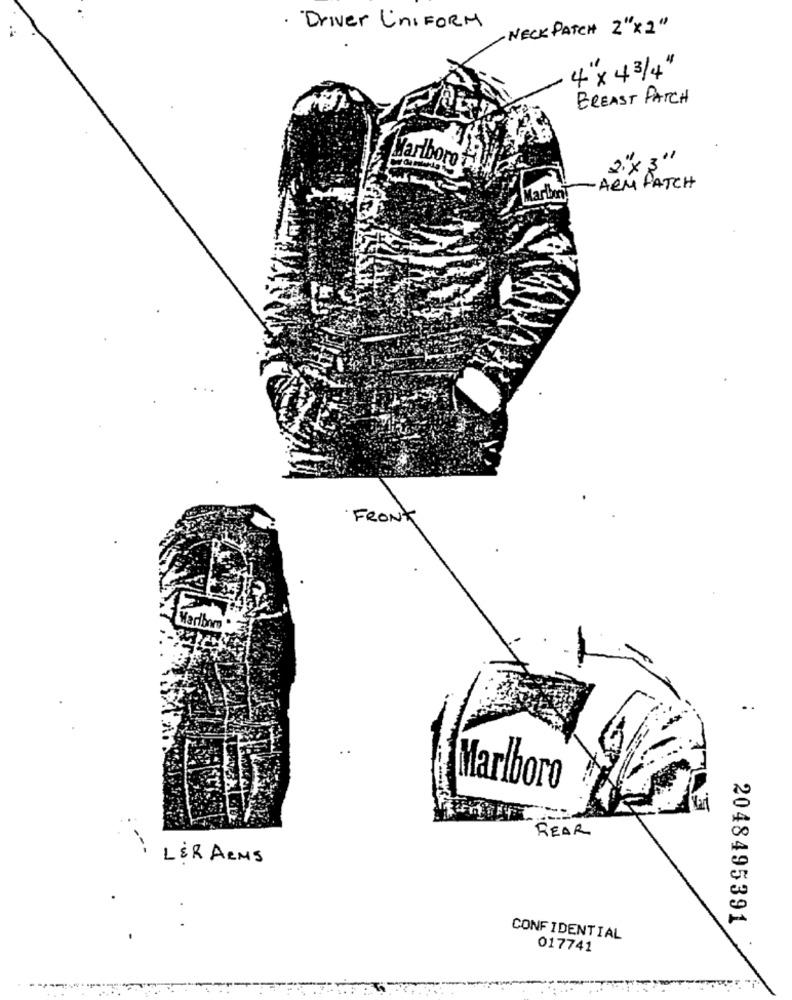
Driver UniFORM
NECK PATCH 2"x2"
4"x 43/4"
BREAST PATCH
Marlboro
2"× 3''
Marin
ARM PATCH
FRONT
Warlbnn .
Marlboro
REAR
-
LER ARMS
2048495391
CONFIDENTIAL
017741